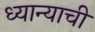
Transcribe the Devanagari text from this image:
ध्यान्याची